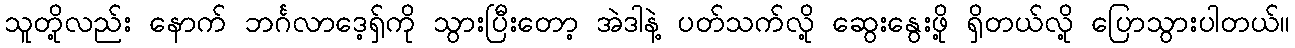
သူတို့လည်း နောက် ဘင်္ဂလာဒေ့ရှ်ကို သွားပြီးတော့ အဲဒါနဲ့ ပတ်သက်လို့ ဆွေးနွေးဖို့ ရှိတယ်လို့ ပြောသွားပါတယ်။